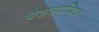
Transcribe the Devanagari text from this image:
पेरालाम्पिक